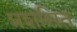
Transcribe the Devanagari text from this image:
प्रशसित